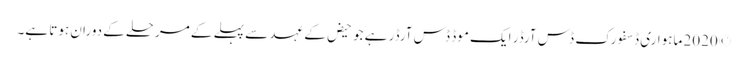
© 2020 ماہواری ڈسفورک ڈس آرڈر ایک موڈ ڈس آرڈر ہے جو حیض کے عہد سے پہلے کے مرحلے کے دوران ہوتا ہے۔